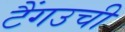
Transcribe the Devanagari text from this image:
टैंगउची